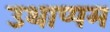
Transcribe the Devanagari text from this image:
उथाप्पम